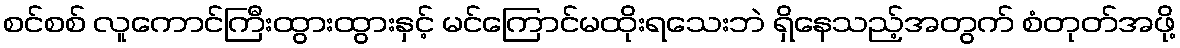
စင်စစ် လူကောင်ကြီးထွားထွားနှင့် မင်ကြောင်မထိုးရသေးဘဲ ရှိနေသည့်အတွက် စံတုတ်အဖို့